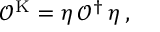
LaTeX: \mathcal { O } ^ { \mathrm { K } } = \eta \, \mathcal { O } ^ { \dagger } \, \eta \, ,